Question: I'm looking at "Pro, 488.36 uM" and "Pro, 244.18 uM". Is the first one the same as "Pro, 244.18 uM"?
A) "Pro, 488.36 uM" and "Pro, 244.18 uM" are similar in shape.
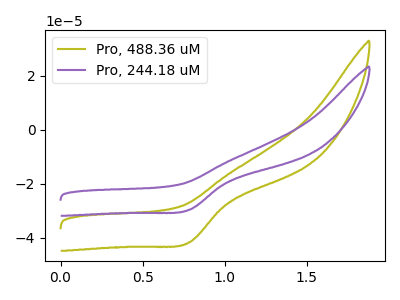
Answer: <think>The olive curve "Pro, 488.36 uM" has a cathodic peak at: (0.80V, -41.60uA). The purple curve "Pro, 244.18 uM" has a cathodic peak at: (0.80V, -29.60uA).
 All the peaks in "Pro, 488.36 uM" have a peak in "Pro, 244.18 uM" at the same potential. Every peak in "Pro, 488.36 uM" is higher than every peak in "Pro, 244.18 uM".</think>
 <answer>A) "Pro, 488.36 uM" and "Pro, 244.18 uM" are similar in shape.</answer>
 <eval>A</eval>